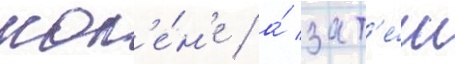
кол'е́н'е / а́ зат'е́м